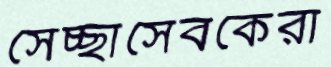
সেচ্ছাসেবকেরা